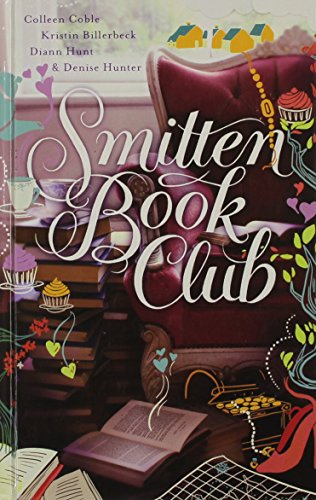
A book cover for Smitten Book Club (Thorndike Press Large Print Christian Fiction); Colleen Coble; Romance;